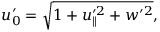
u _ { 0 } ^ { \prime } = \sqrt { 1 + u _ { \parallel } ^ { \prime 2 } + w ^ { \prime 2 } } ,